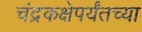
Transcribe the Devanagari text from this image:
चंद्रकक्षेपर्यंतच्या